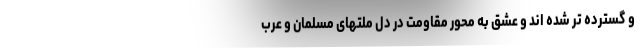
و گسترده تر شده اند و عشق به محور مقاومت در دل ملتهای مسلمان و عرب